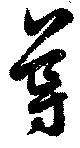
導